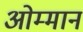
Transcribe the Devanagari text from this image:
ओम्मान